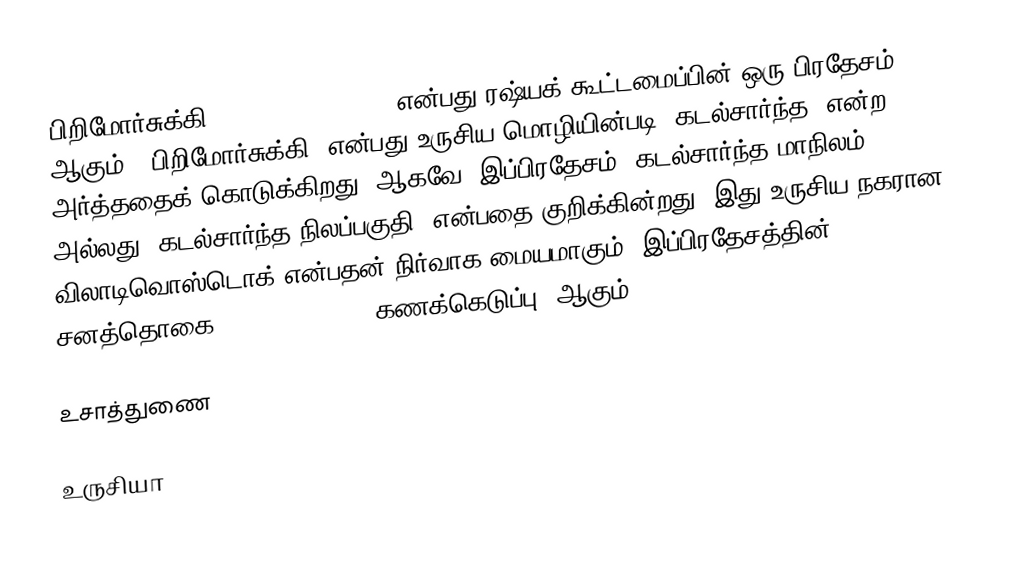
பிறிமோர்சுக்கி (Primorsky Krai, ) என்பது ரஷ்யக் கூட்டமைப்பின் ஒரு பிரதேசம் ஆகும். "பிறிமோர்சுக்கி" என்பது உருசிய மொழியின்படி "கடல்சார்ந்த" என்ற அர்த்ததைக் கொடுக்கிறது. ஆகவே, இப்பிரதேசம் "கடல்சார்ந்த மாநிலம்" அல்லது "கடல்சார்ந்த நிலப்பகுதி" என்பதை குறிக்கின்றது. இது உருசிய நகரான விலாடிவொஸ்டொக் என்பதன் நிர்வாக மையமாகும். இப்பிரதேசத்தின் சனத்தொகை 1,956,497 (2010 கணக்கெடுப்பு) ஆகும்.

உசாத்துணை

உருசியா